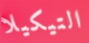
التيكيلا